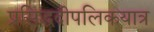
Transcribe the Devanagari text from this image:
प्रसिद्धदीपलिकयात्र